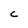
Character: C